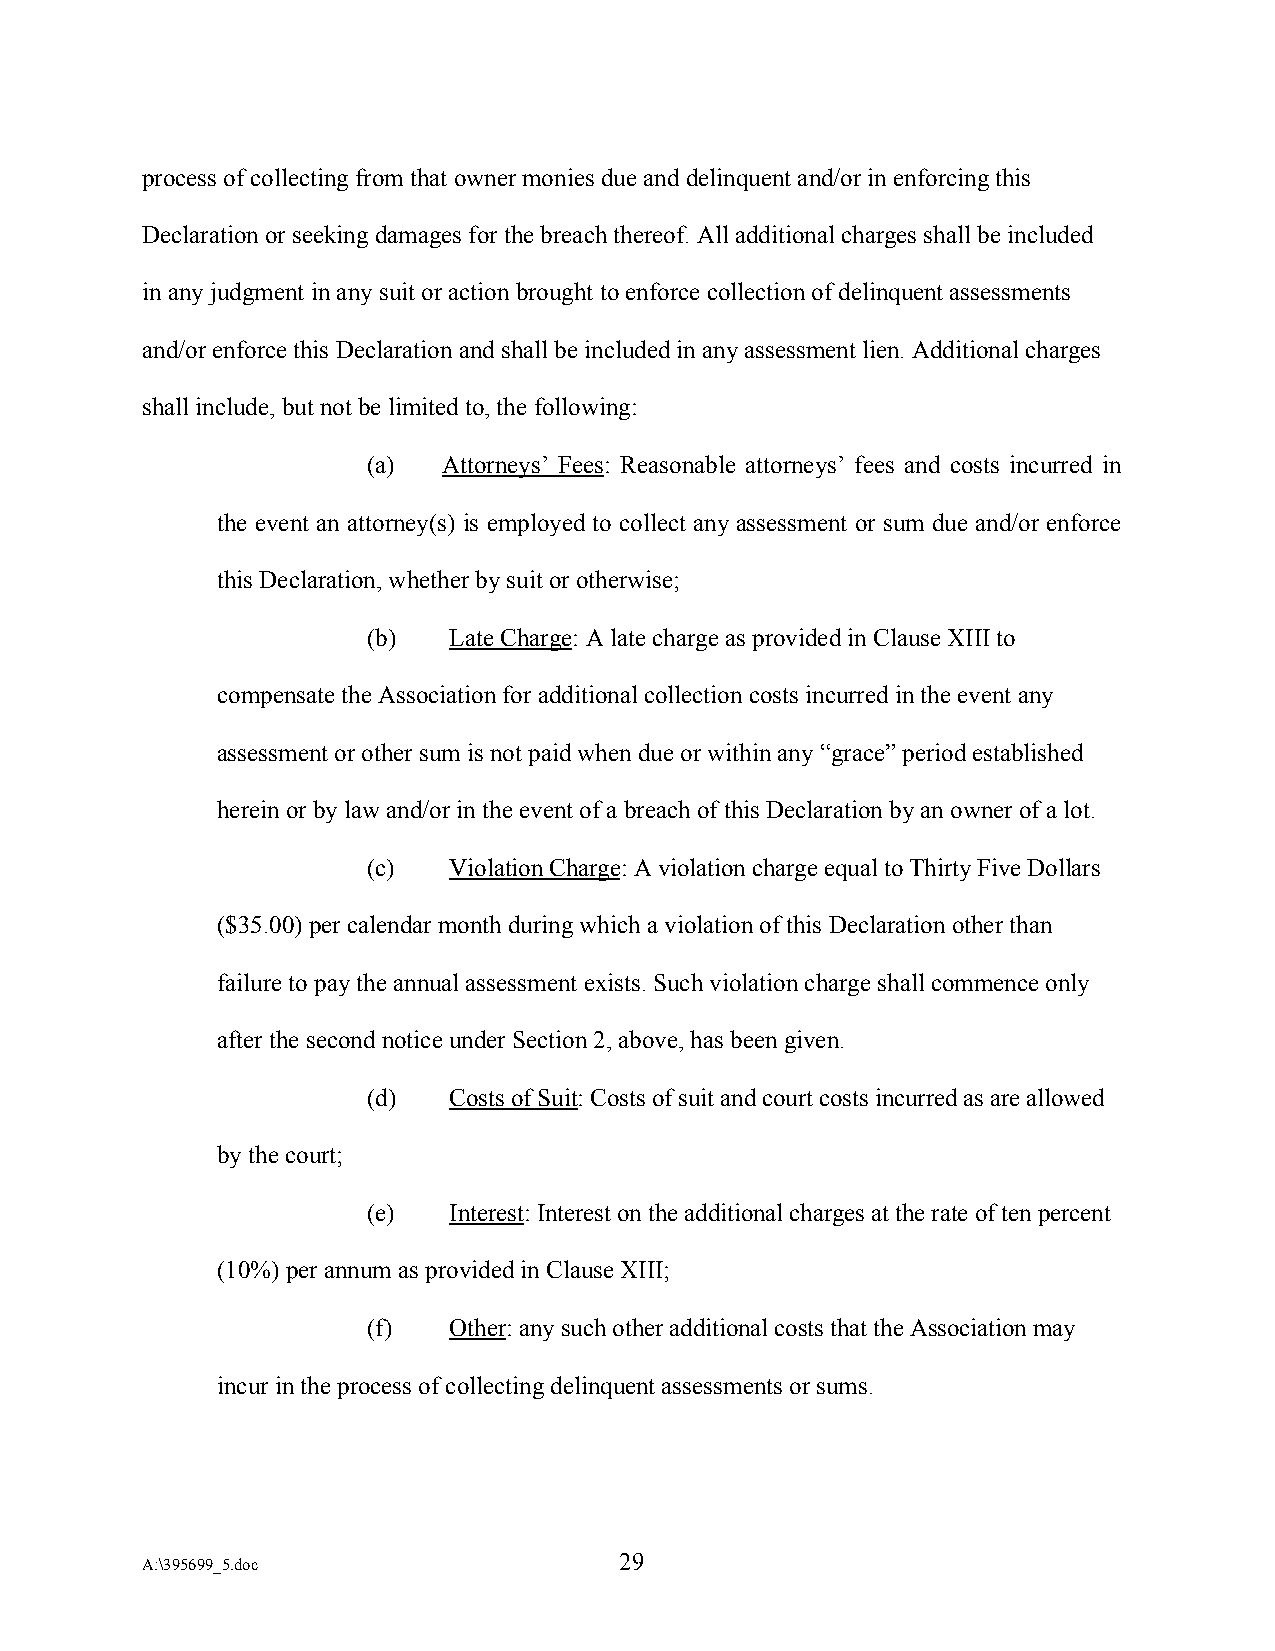
process of collecting from that owner monies due and delinquent and/or in enforcing this
 Declaration or seeking damages for the breach thereof. All additional charges shall be included
 in any judgment in any suit or action brought to enforce collection of delinquent assessments
 and/or enforce this Declaration and shall be included in any assessment lien. Additional charges
 shall include, but not be limited to, the following:
 (a)  Attorneys’ Fees: Reasonable attorneys’ fees and costs incurred in
 the event an attorney(s) is employed to collect any assessment or sum due and/or enforce
 this Declaration, whether by suit or otherwise;
 (b)   Late Charge: A late charge as provided in Clause XIII to
 compensate the Association for additional collection costs incurred in the event any
 assessment or other sum is not paid when due or within any “grace” period established
 herein or by law and/or in the event of a breach of this Declaration by an owner of a lot.
 (c)   Violation Charge: A violation charge equal to Thirty Five Dollars
 ($35.00) per calendar month during which a violation of this Declaration other than
 failure to pay the annual assessment exists. Such violation charge shall commence only
 after the second notice under Section 2, above, has been given.
 (d)   Costs of Suit: Costs of suit and court costs incurred as are allowed
 by the court;
 (e)   Interest: Interest on the additional charges at the rate of ten percent
 (10%) per annum as provided in Clause XIII;
 (f)   Other: any such other additional costs that the Association may
 incur in the process of collecting delinquent assessments or sums.
 A:\395699_5.doc
 29